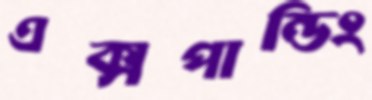
এক্সপান্ডিং